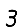
Digit: 3